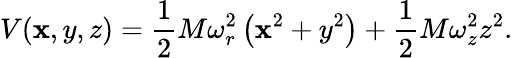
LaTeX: V(\mathbf{x},y,z)=\frac{{1}}{{2}}M\omega_{r}^{2}\left(\mathbf{x}^{2}+y^{2}\right)+\frac{{1}}{{2}}M\omega_{z}^{2}z^{2}.